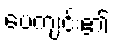
ပေကျင်း၏